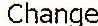
CHANGE